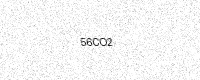
Text: 56CO2